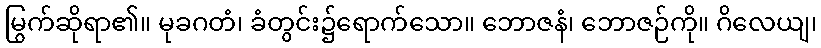
မြွက်ဆိုရာ၏။ မုခဂတံ၊ ခံတွင်း၌ရောက်သော။ ဘောဇနံ၊ ဘောဇဉ်ကို။ ဂိလေယျ၊